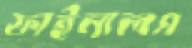
ফাইনালস